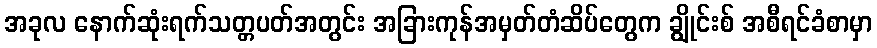
အခုလ နောက်ဆုံးရက်သတ္တပတ်အတွင်း အခြားကုန်အမှတ်တံဆိပ်တွေက ချွိုင်းစ် အစီရင်ခံစာမှာ